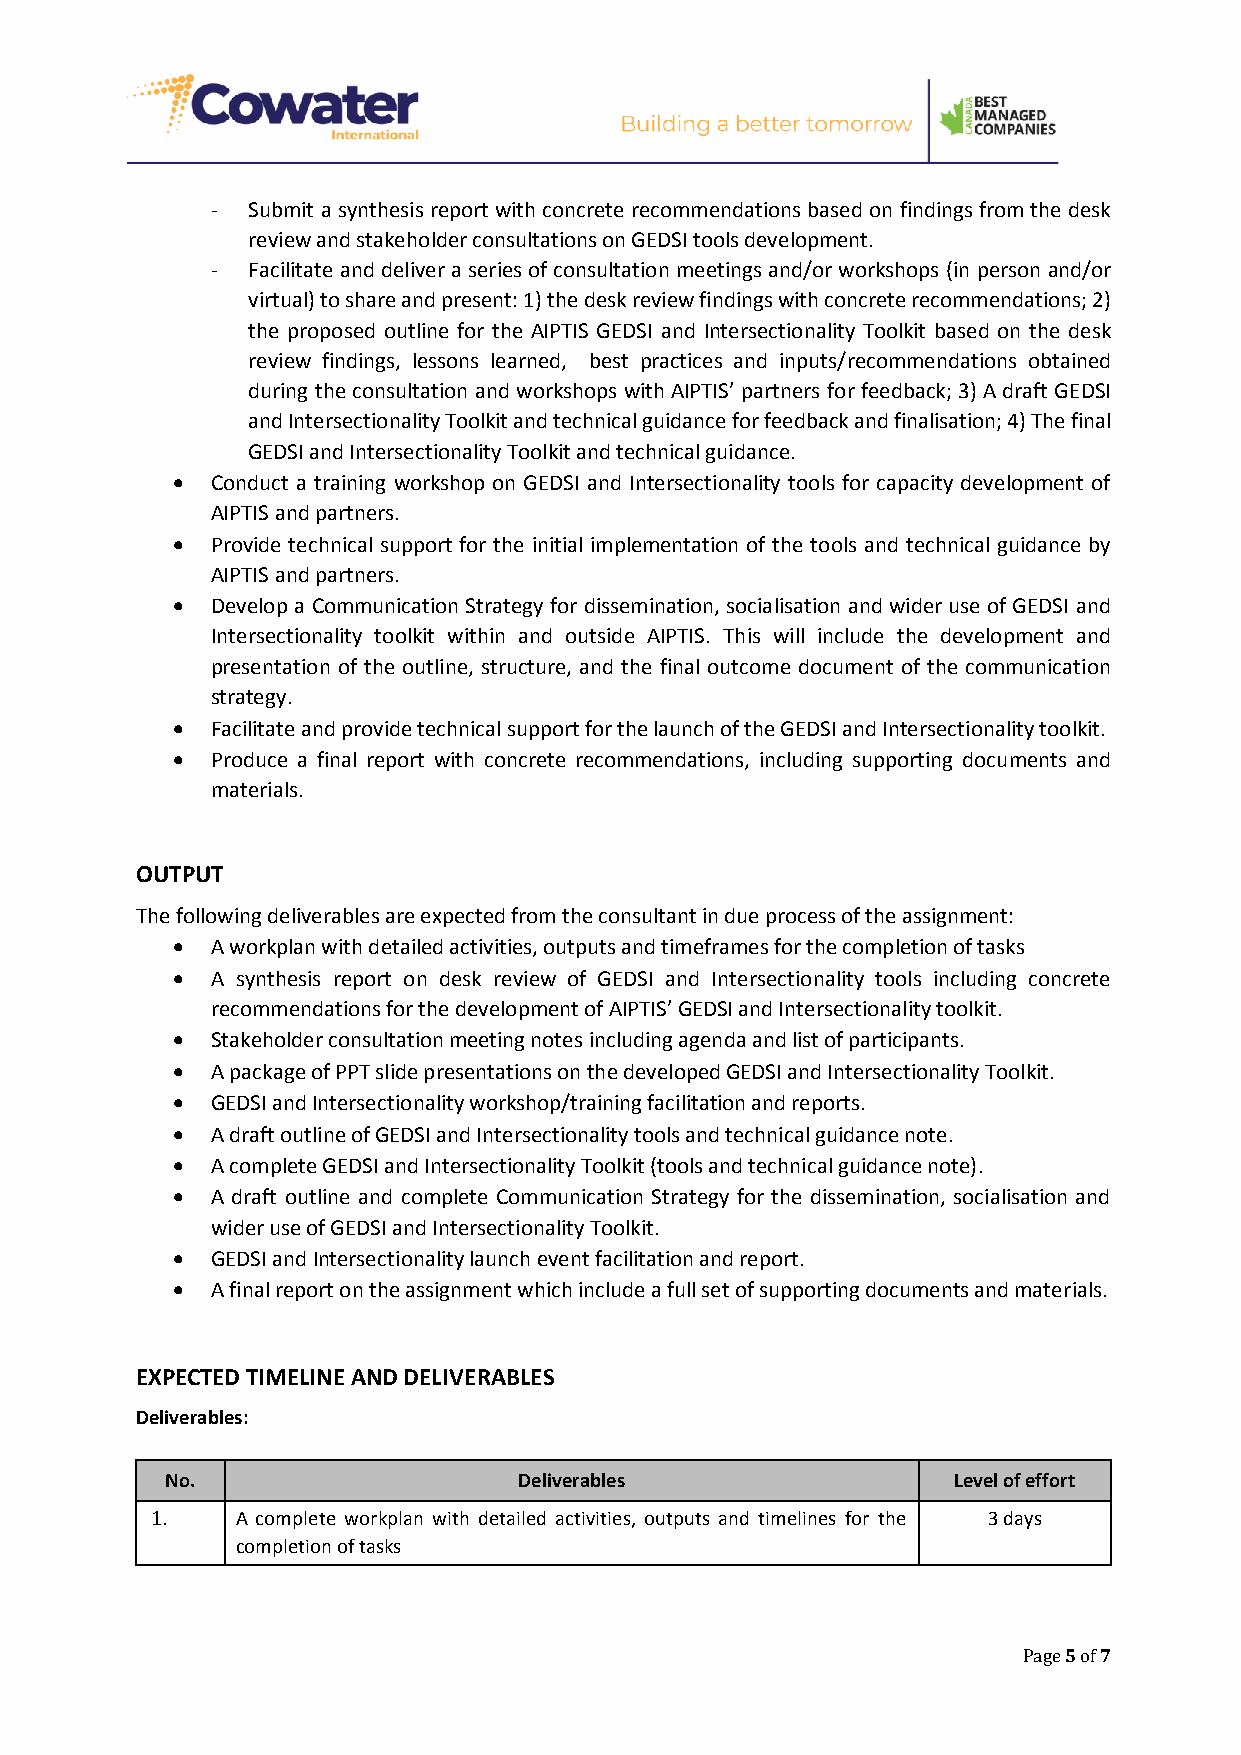
- Submit a synthesis report with concrete recommendations based on findings from the desk
 review and stakeholder consultations on GEDSI tools development.
 - Facilitate and deliver a series of consultation meetings and/or workshops (in person and/or
 virtual) to share and present: 1) the desk review findings with concrete recommendations; 2)
 the proposed outline for the AIPTIS GEDSI and Intersectionality Toolkit based on the desk
 review findings, lessons learned, best practices and inputs/recommendations obtained
 during the consultation and workshops with AIPTIS’ partners for feedback; 3) A draft GEDSI
 and Intersectionality Toolkit and technical guidance for feedback and finalisation; 4) The final
 GEDSI and Intersectionality Toolkit and technical guidance.
 •  Conduct a training workshop on GEDSI and Intersectionality tools for capacity development of
 AIPTIS and partners.
 •  Provide technical support for the initial implementation of the tools and technical guidance by
 AIPTIS and partners.
 •  Develop a Communication Strategy for dissemination, socialisation and wider use of GEDSI and
 Intersectionality toolkit within and outside AIPTIS. This will include the development and
 presentation of the outline, structure, and the final outcome document of the communication
 strategy.
 •  Facilitate and provide technical support for the launch of the GEDSI and Intersectionality toolkit.
 •  Produce a final report with concrete recommendations, including supporting documents and
 materials.
 OUTPUT
 The following deliverables are expected from the consultant in due process of the assignment:
 •  A workplan with detailed activities, outputs and timeframes for the completion of tasks
 •  A synthesis report on desk review of GEDSI and Intersectionality tools including concrete
 recommendations for the development of AIPTIS’ GEDSI and Intersectionality toolkit.
 •  Stakeholder consultation meeting notes including agenda and list of participants.
 •  A package of PPT slide presentations on the developed GEDSI and Intersectionality Toolkit.
 •  GEDSI and Intersectionality workshop/training facilitation and reports.
 •  A draft outline of GEDSI and Intersectionality tools and technical guidance note.
 •  A complete GEDSI and Intersectionality Toolkit (tools and technical guidance note).
 •  A draft outline and complete Communication Strategy for the dissemination, socialisation and
 wider use of GEDSI and Intersectionality Toolkit.
 •  GEDSI and Intersectionality launch event facilitation and report.
 •  A final report on the assignment which include a full set of supporting documents and materials.
 EXPECTED TIMELINE AND DELIVERABLES
 Deliverables:
 No.                    Deliverables                 Level of effort
 1.    A complete workplan with detailed activities, outputs and timelines for the 3 days
 completion of tasks
 Page 5 of 7